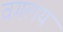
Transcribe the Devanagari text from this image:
वगलय